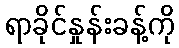
ရာခိုင်နှုန်းခန့်ကို